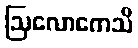
ဩလောကေသိ